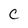
Character: c